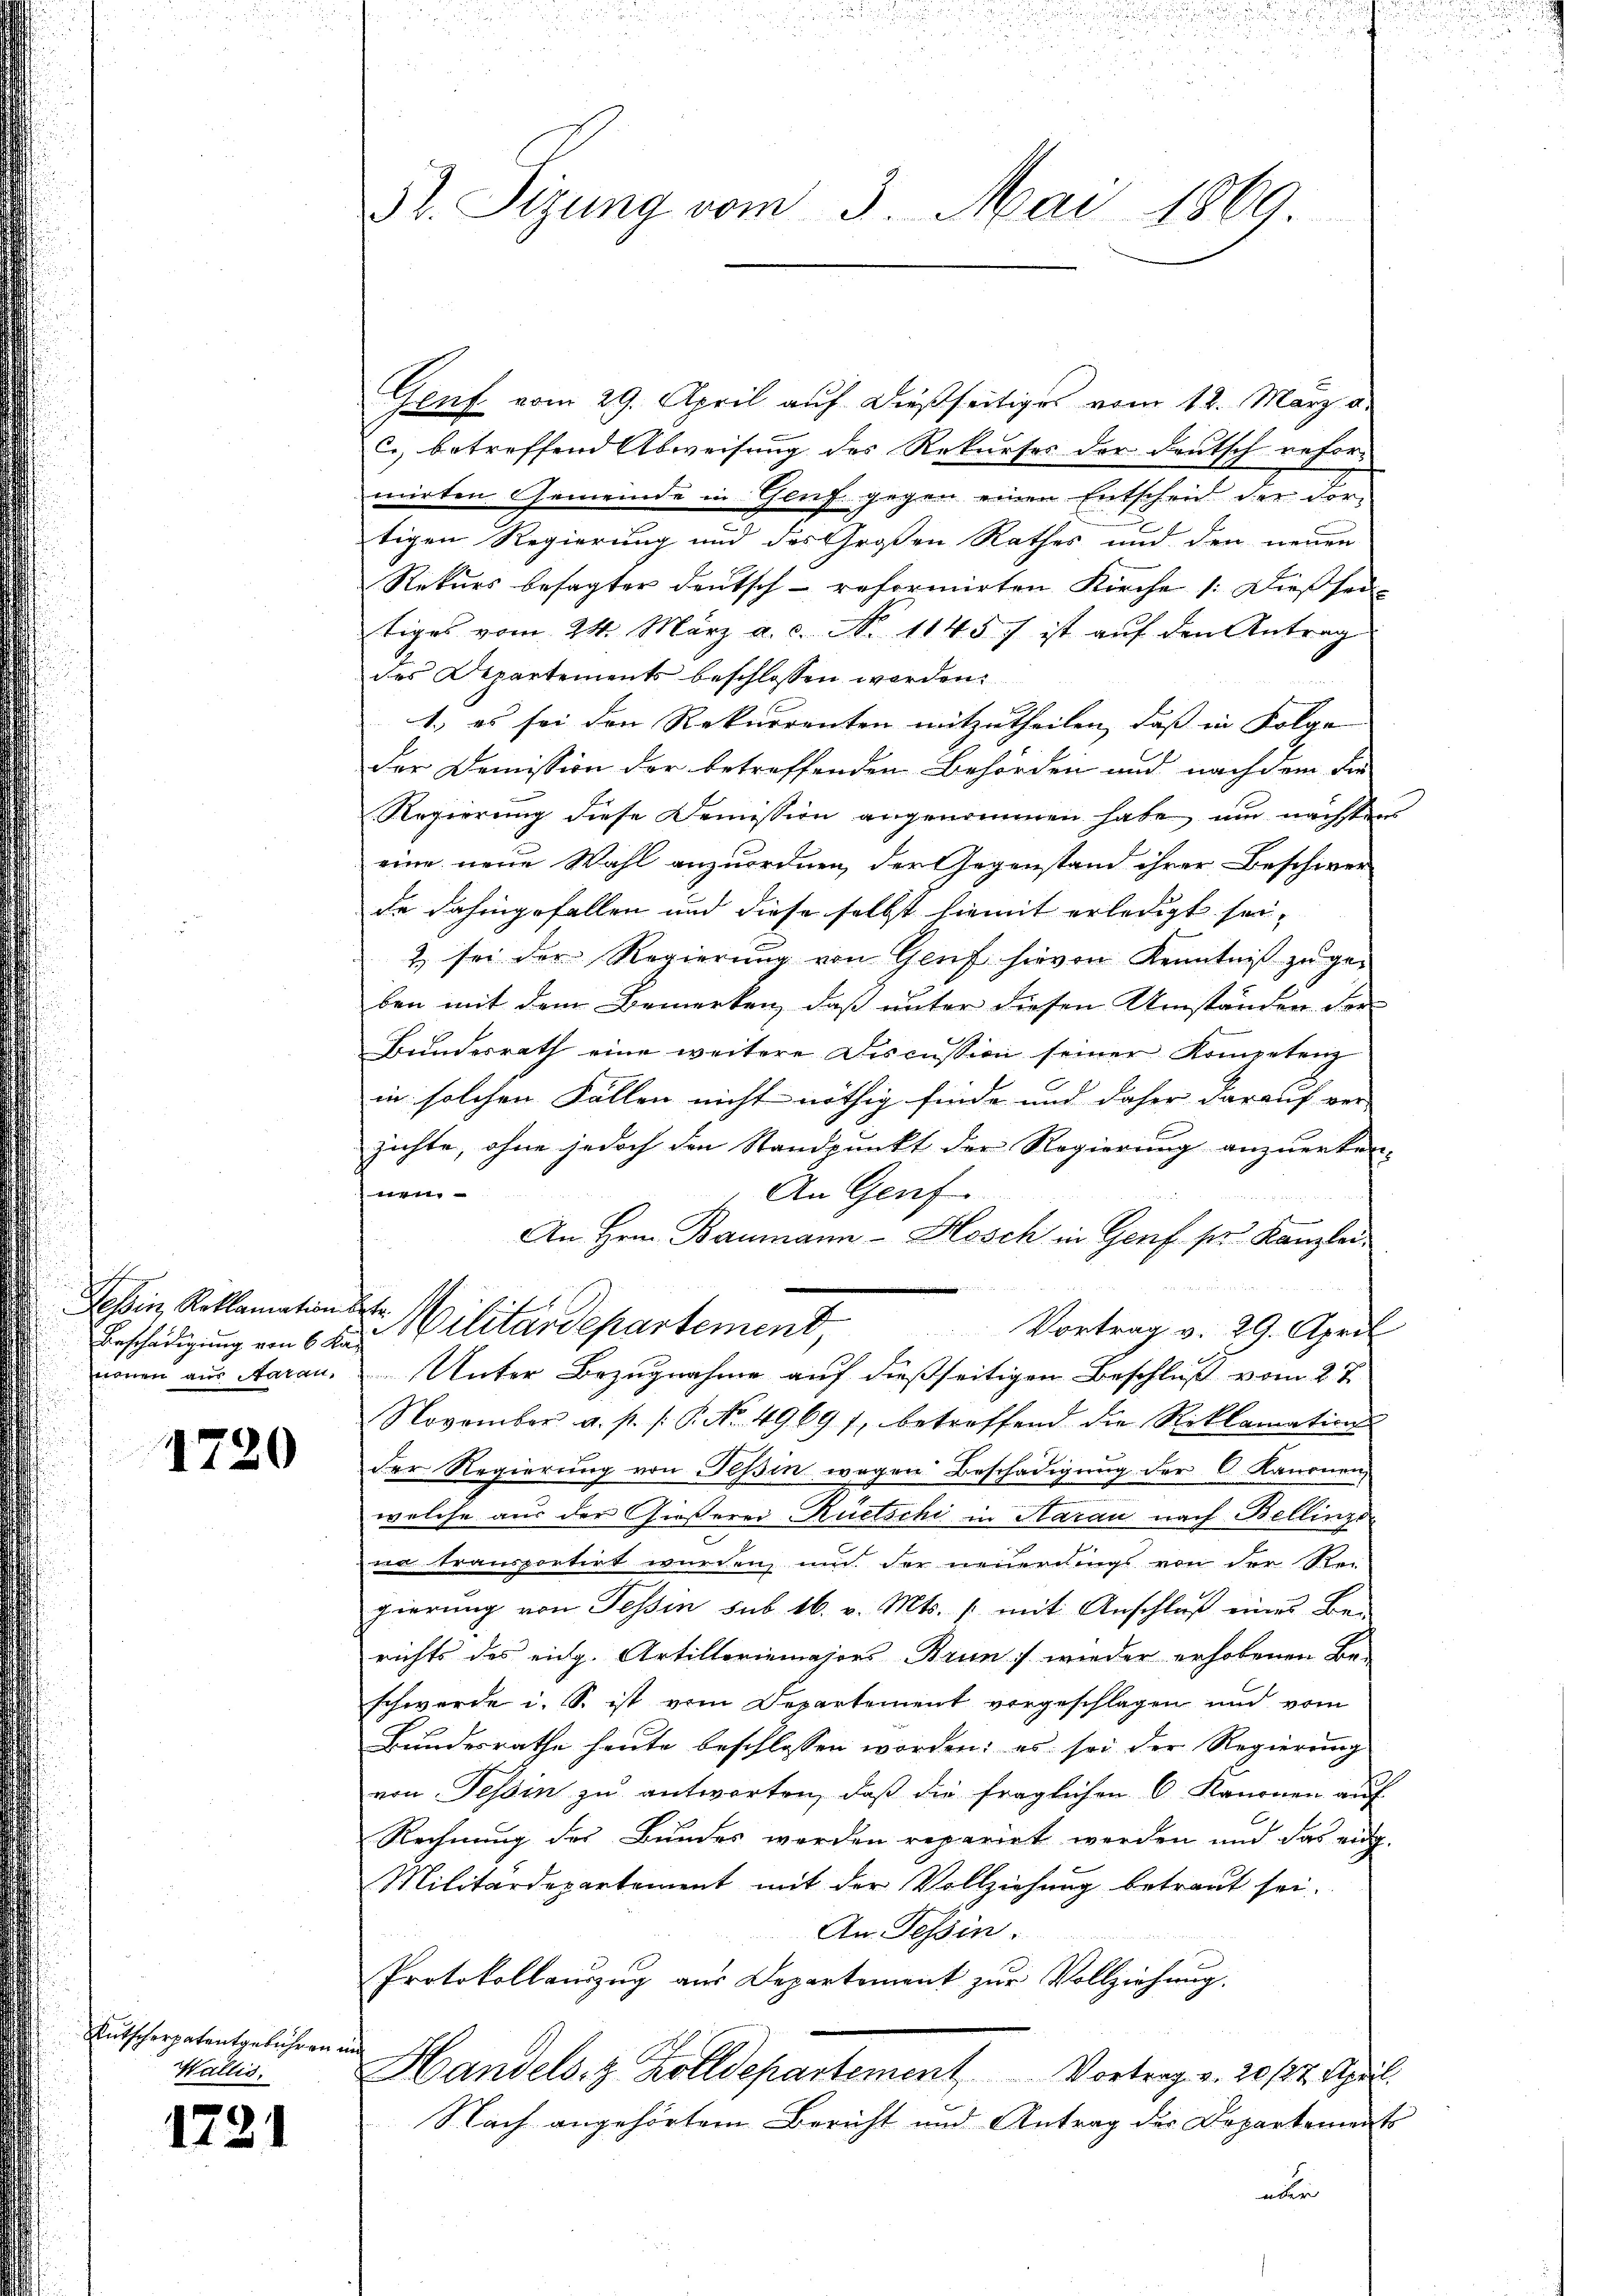
Tessin, Reklamation be
Beschädigung von 6 Ka-
nonen aus Aarau,

1720

Rutscherpatentgebühren ein
Wallis,

1721

52. Sizung vom 3. Mai 1869.

Genf vom 29. April auf dießseitiges vom 12. März d.
c. betreffend Abweisung des Rekurses der deutsch reformirten Gemeinde in Genf. gegen einen Entscheid der dortigen Regierung und des Großen Rathes und den neuen
Rekurs besagter deutsch-reformirten Kirche (: Diessen
tiges vom 24. März a. c. No 11457 ist aŭf den Antrag
des Departements beschlossen worden.
1.) es sei den Rekurrenten mitzutheilen, daß in Folge
der Domission der betreffenden Behörden und nachdem die
Regierung diese Demission angenommen habe, um nächstens
eine neue Wahl anzuordnen, der Gegenstand ihrer Beschier
de dahingefallen und diese selbst hiemit erledigt sei,
2 sei der Regierung von Genf hievon Kenntniß zu geben mit dem Bemerken, daß unter diesen Umständen der
Bundesrath eine weitere Discussion seiner Kompetenz
in solchen Fällen nicht nöthig finde und daher darauf ver
zichte, ohne jedoch den Standpunkt der Regierung anzuerken-
 b e f g
An Genf.
An Hrn. Baumann-Hosch in Genf sie Kanzlei-
4kr.
Militärdepartement,
Vortrag v. 29. April
Unter Bezugnahme auf dießseitigen Beschluß vom 27.
November a. p. /: P. No. 49691, betreffend die Reklamations-
der Regierung von Tessin wegen Beschädigung der C. Kanonen
welche aus der Gießerei Rüetschi in Harau nach Bellinzo
na transportirt wurden, und der neuerdings von der Rei-
gierung von Tessin sub 16. v. Mts. /: mit Anschluß eines Bei-
richts des eidg. Artilleriemajors Brun, wieder erhobenen Be-
schwerde i. S. ist vom Departement vorgeschlagen und vom
Bundesrathe heute beschlossen worden: es sei der Regierung
von Tessin zu antworten, daß die fraglichen 6 Kanonen auf
Rechnung des Bundes werden reparirt werden und das eidg.
Militärdepartement mit der Vollziehung betraut sei.
An Tessin.
Protokollaŭzŭg aŭs Departement zŭr Vollziehŭng.
Handels- & Zolldepartement Vortrag v. 20/22. April.
Nach angehörtem Bericht und Antrag der Departements
über